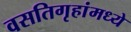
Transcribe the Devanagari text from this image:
वसतिगृहांमध्ये